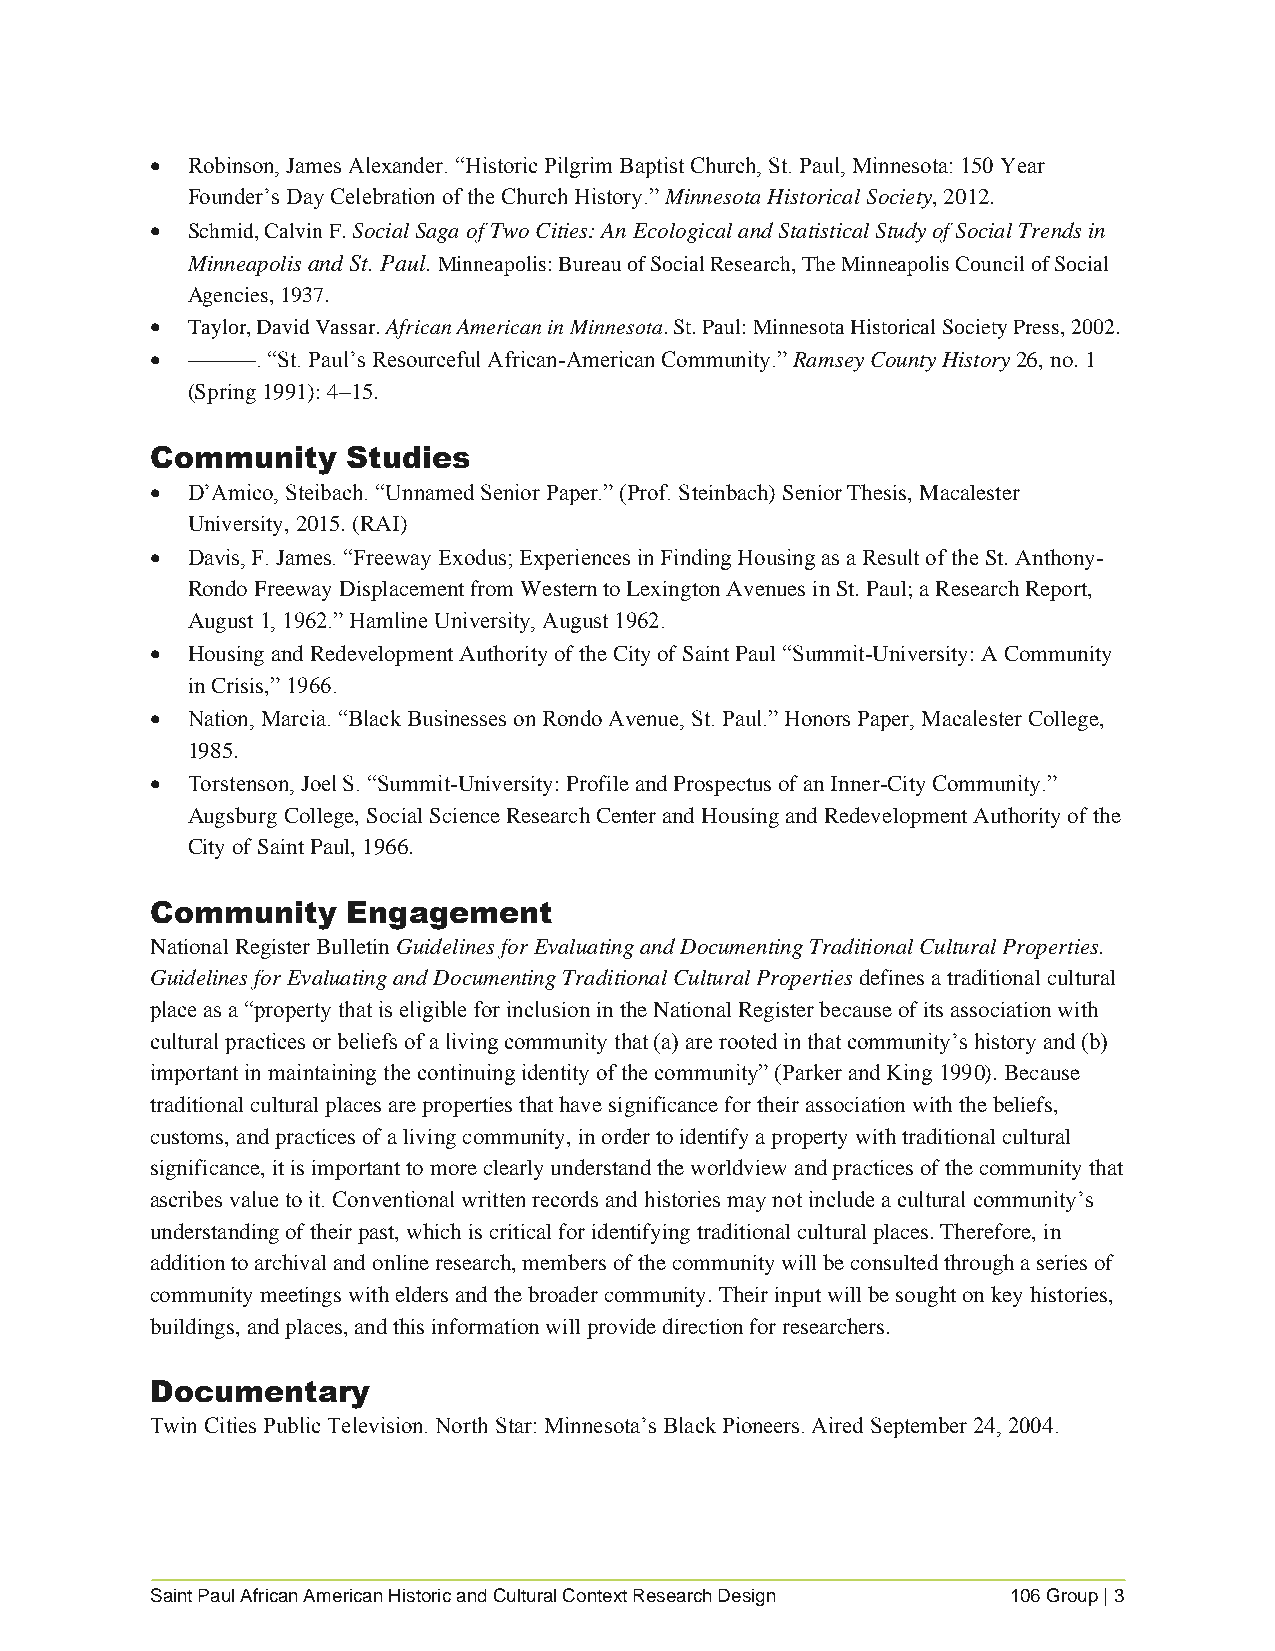
 Robinson, James Alexander. “Historic Pilgrim Baptist Church, St. Paul, Minnesota: 150 Year
 Founder’s Day Celebration of the Church History.” Minnesota Historical Society, 2012.
  Schmid, Calvin F. Social Saga of Two Cities: An Ecological and Statistical Study of Social Trends in
 Minneapolis and St. Paul. Minneapolis: Bureau of Social Research, The Minneapolis Council of Social
 Agencies, 1937.
  Taylor, David Vassar. African American in Minnesota. St. Paul: Minnesota Historical Society Press, 2002.
  ———.  “St. Paul’s Resourceful African-American Community.” Ramsey County History 26, no. 1
 (Spring 1991): 4–15.
 Community    Studies
  D’Amico, Steibach. “Unnamed Senior Paper.” (Prof. Steinbach) Senior Thesis, Macalester
 University, 2015. (RAI)
  Davis, F. James. “Freeway Exodus; Experiences in Finding Housing as a Result of the St. Anthony-
 Rondo Freeway Displacement from Western to Lexington Avenues in St. Paul; a Research Report,
 August 1, 1962.” Hamline University, August 1962.
  Housing and Redevelopment Authority of the City of Saint Paul “Summit-University: A Community
 in Crisis,” 1966.
  Nation, Marcia. “Black Businesses on Rondo Avenue, St. Paul.” Honors Paper, Macalester College,
 1985.
  Torstenson, Joel S. “Summit-University: Profile and Prospectus of an Inner-City Community.”
 Augsburg College, Social Science Research Center and Housing and Redevelopment Authority of the
 City of Saint Paul, 1966.
 Community    Engagement
 National Register Bulletin Guidelines for Evaluating and Documenting Traditional Cultural Properties.
 Guidelines for Evaluating and Documenting Traditional Cultural Properties defines a traditional cultural
 place as a “property that is eligible for inclusion in the National Register because of its association with
 cultural practices or beliefs of a living community that (a) are rooted in that community’s history and (b)
 important in maintaining the continuing identity of the community” (Parker and King 1990). Because
 traditional cultural places are properties that have significance for their association with the beliefs,
 customs, and practices of a living community, in order to identify a property with traditional cultural
 significance, it is important to more clearly understand the worldview and practices of the community that
 ascribes value to it. Conventional written records and histories may not include a cultural community’s
 understanding of their past, which is critical for identifying traditional cultural places. Therefore, in
 addition to archival and online research, members of the community will be consulted through a series of
 community meetings with elders and the broader community. Their input will be sought on key histories,
 buildings, and places, and this information will provide direction for researchers.
 Documentary
 Twin Cities Public Television. North Star: Minnesota’s Black Pioneers. Aired September 24, 2004.
 Saint Paul African American Historic and Cultural Context Research Design 106 Group | 3